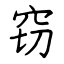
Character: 窃